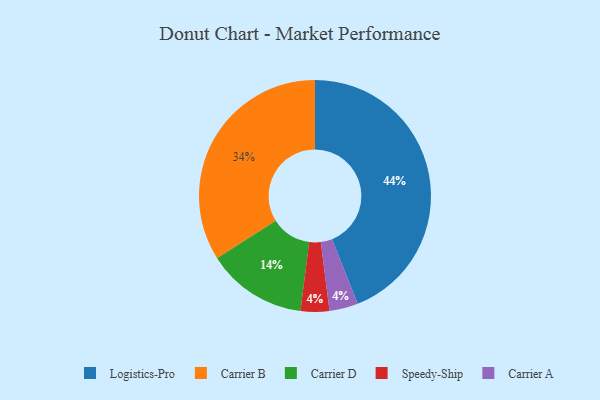
{"axis": {"x": "Category", "y": "Percentage"}, "legend": ["Carrier A", "Carrier B", "Carrier D", "Logistics-Pro", "Speedy-Ship"], "data": [{"x": "Logistics-Pro", "y": 44, "type": "Logistics-Pro"}, {"x": "Carrier D", "y": 14, "type": "Carrier D"}, {"x": "Speedy-Ship", "y": 4, "type": "Speedy-Ship"}, {"x": "Carrier A", "y": 4, "type": "Carrier A"}, {"x": "Carrier B", "y": 34, "type": "Carrier B"}]}